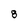
Character: 8